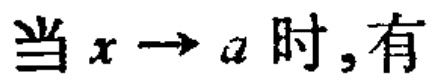
当 \(x \to a\) 时,有